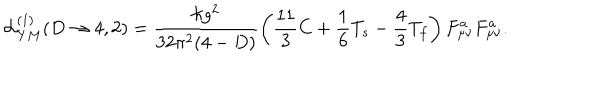
{ \cal L } _ { Y M } ^ { ( 1 ) } ( D \rightarrow 4 , 2 ) = \frac { \hbar g ^ { 2 } } { 3 2 \pi ^ { 2 } ( 4 - D ) } \left( \frac { 1 1 } { 3 } C + \frac { 1 } { 6 } T _ { s } - \frac { 4 } { 3 } T _ { f } \right) F _ { \mu \nu } ^ { a } F _ { \mu \nu } ^ { a } .